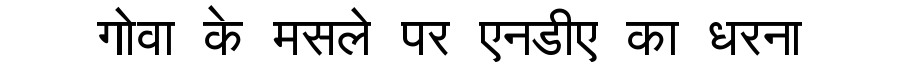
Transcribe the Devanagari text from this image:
गोवा के मसले पर एनडीए का धरना